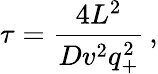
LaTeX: \tau=\frac{4L^{2}}{Dv^{2}q_{+}^{2}}\, ,